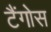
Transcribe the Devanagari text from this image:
टैंगोस